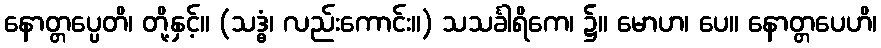
နောတ္တပ္ပေတိ၊ တို့နှင့်။ (သဒ္ဓံ၊ လည်းကောင်း။) သသင်္ခါရိကေ၊ ၌။ မောဟ၊ ပေ။ နောတ္တပေဟိ၊